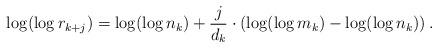
LaTeX: \begin{align*}\log (\log r_{k + j}) = \log (\log n_k) + \frac j{d_k} \cdot \left( \log (\log m_k) - \log (\log n_k) \right) .\end{align*}